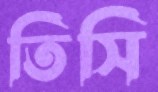
তিসি